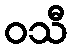
ဝသီ